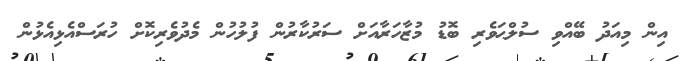
އިން މިއަދު ބޭއްވި ސުލްޙަވެރި ބޮޑު މުޒާހަރާއަށް ސަރުކާރުން ފުލުހުން މެދުވެރިކޮށް ހުރަސްއެޅިއެޅުން